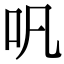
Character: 㕨